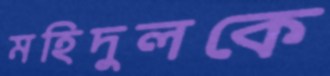
মহিদুলকে